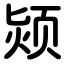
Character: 颎